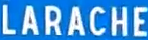
LARACHE